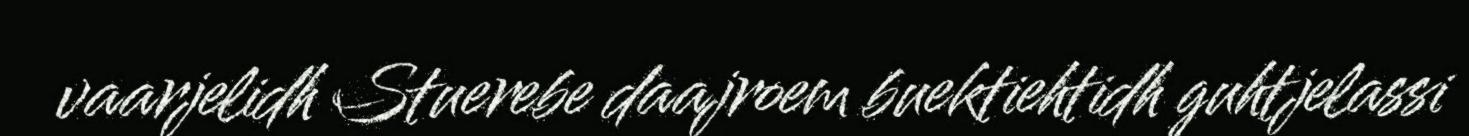
vaarjelidh Stuerebe daajroem buektiehtidh guhtjelassi